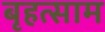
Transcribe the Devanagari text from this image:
बृहत्साम